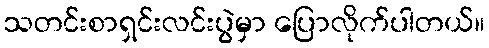
သတင်းစာရှင်းလင်းပွဲမှာ ပြောလိုက်ပါတယ်။